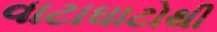
વાટાઘાટોથી